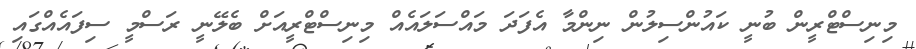
މިނިސްޓްރީން ބުނީ ކައުންސިލުން ނިންމާ އެފަދަ މައްސަލައެއް މިނިސްޓްރީއަށް ބެލޭނީ ރަސްމީ ސިފައެއްގައި